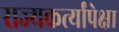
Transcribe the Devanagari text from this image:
राज्यकर्त्यांपेक्षा